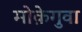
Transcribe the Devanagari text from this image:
मोक़ेगुवा